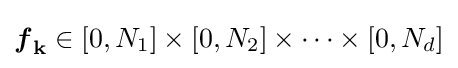
{\boldsymbol {f}}_{\mathbf {k} }\in [0,N_{1}]\times [0,N_{2}]\times \cdots \times [0,N_{d}]